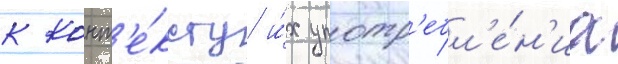
к конт'е́ксту и́х употр'ебл'е́н'иа